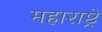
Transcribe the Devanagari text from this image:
महाराष्ट्रे